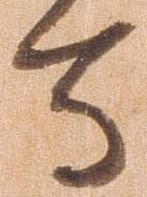
寺